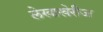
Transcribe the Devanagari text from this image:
लेखाखेरीज